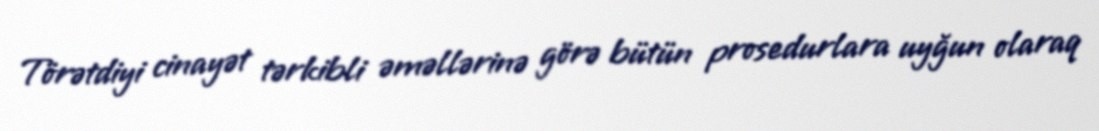
Törətdiyi cinayət tərkibli əməllərinə görə bütün prosedurlara uyğun olaraq